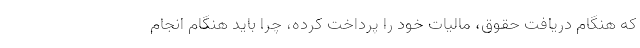
که هنگام دریافت حقوق، مالیات خود را پرداخت کرده، چرا باید هنگام انجام